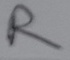
Text: R